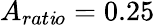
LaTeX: A_{rat\mathit{i}o}=0.25